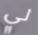
لي